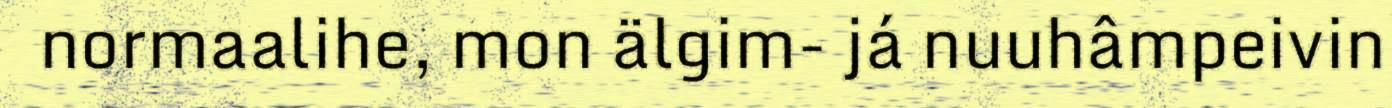
normaalihe, mon älgim- já nuuhâmpeivin